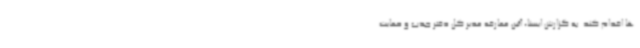
ها اقدام کند. به گزارش ایسنا، آئین معارفه مدیر کل دفتر جذب و حمایت